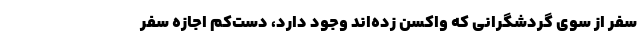
سفر از سوی گردشگرانی که واکسن زده‌اند وجود دارد، دست‌کم اجازه سفر